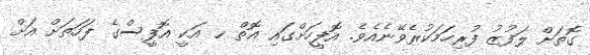
ގޮތަށް ލަފުޒު ފުރިހަމަކުރެވޭނެއެވެ. އޮފީހަށްގައި އޮތް ހ އަކީ އޮފީސްގެ ފަހަތަށް އަށް